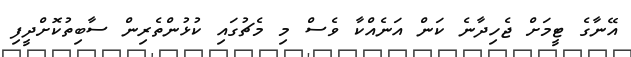
އޭނާގެ ޓީމަށް ޖެހިދާނެ ކަން އަނެއްކާ ވެސް މި މެޗުގައި ކުޅުންތެރިން ސާބިތުކޮށްދީފި